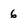
Character: 6